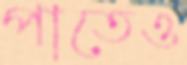
পাতেও